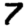
Digit: 7